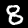
Label: 8